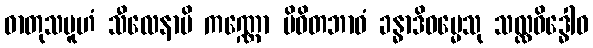
ဓာတုသမူဟံ သီလေနာပိ ကဏ္ဏော ပိဝိတဘာဝံ ခန္ဓာဒိဓမ္မေသု သလ္လဝိဒ္ဓေါဝ